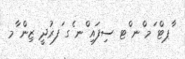
ާޕޓް ަމ ްނ ްޓ ސިފައި ްނ ެގ ަފރުދީ ޒިން ާމ